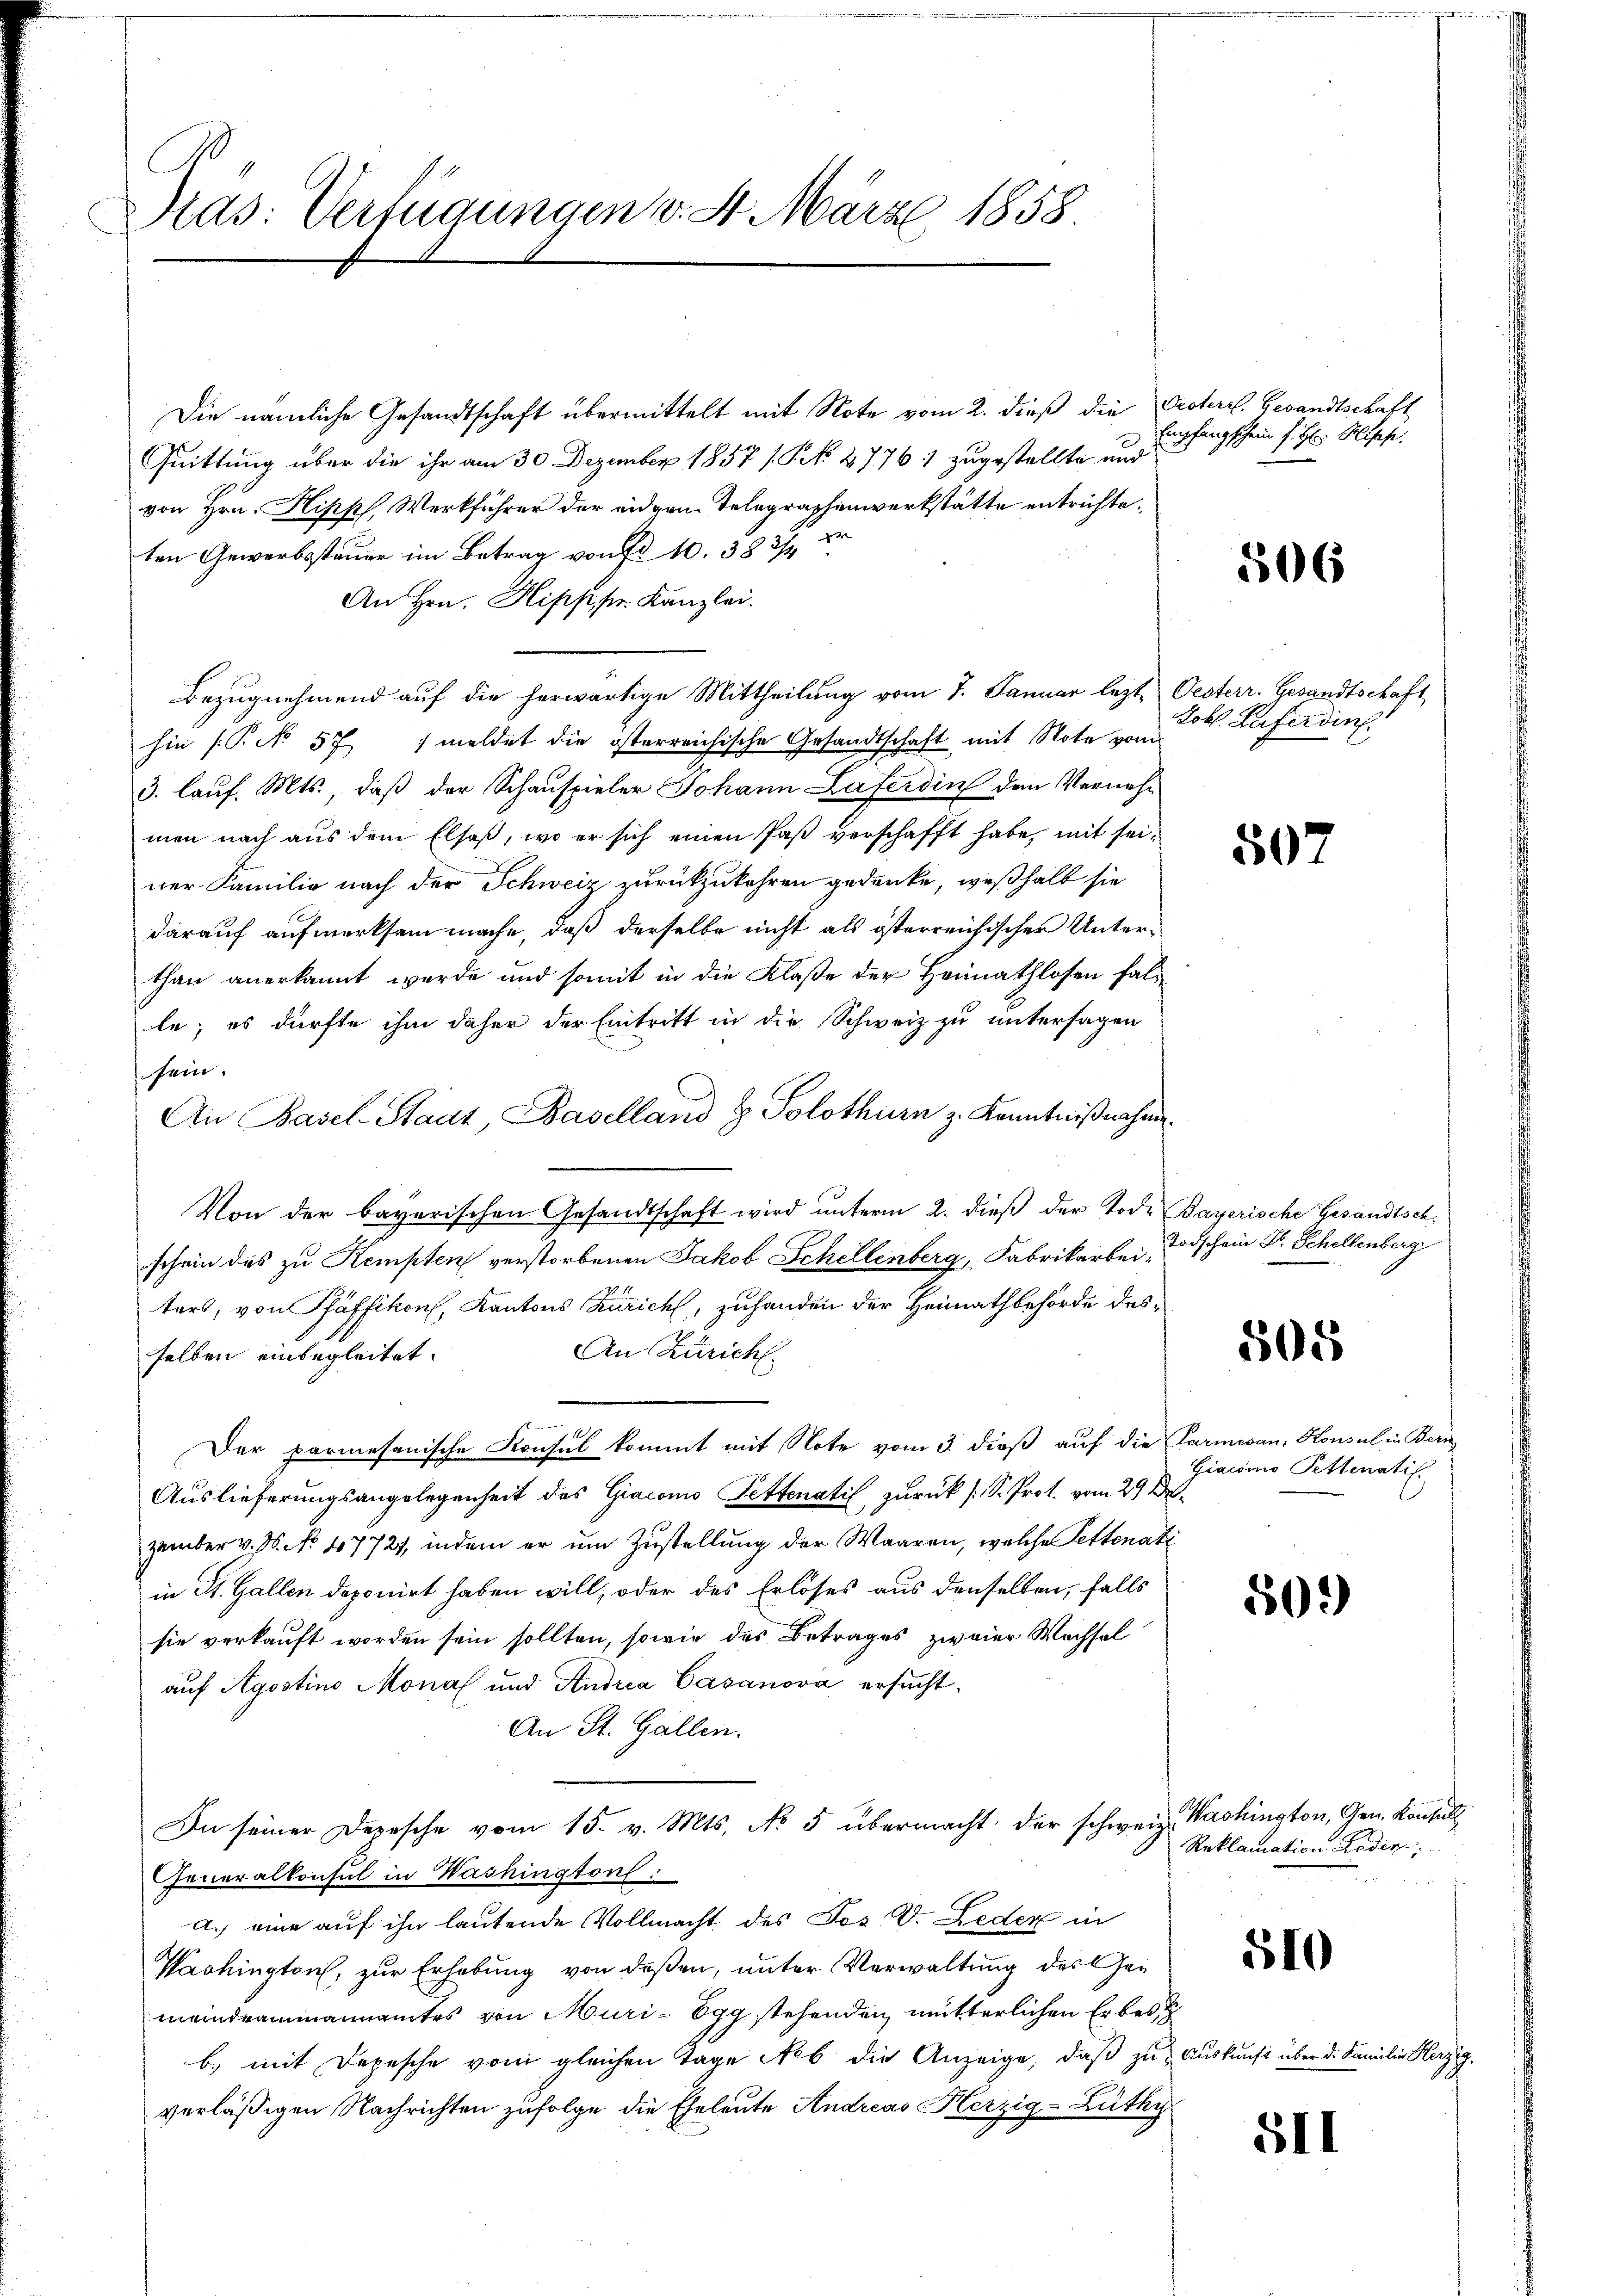
Ras: Verfügungen v. 4. März 1858.

Quittung über die ihr am 30. Dezember 1857 / P. N. 27761 zugestellte und
von Hrn. Hippf, Werkführer der eidgen. Telegraphenwerkstätte entrichte.
ten Gewerbssteuer im Betrag von Fr. 10. 58 3/4
An Hrn. Hipp. pr. Kanzlei.
Bezugnehmend auf die herwärtige Mittheilung vom 7. Januar lezt Oesterr. Gesandtschaft
hin (T. No 571 meldet die österreichische Gesandtschaft mit Note vom
3. Lauf. Mts., daß der Schauspieler Johann Laferdin den Vernehm
men nach aus dem Elsaβ, wo er sich einen Paβ verschafft habe, mit sei¬
.
ner Familie nach der Schweiz zurückzukehren gedenke, weßhalb sie
darauf aufmerksam mache, daß derselbe nicht als österreichischer Unterthan anerkannt werde und somit in die Klaße der Heimathlosen falle; es dürfte ihm daher der Eintritt in die Schweiz zu untersagen
sein.
An Basel-Stadt, Baselland z. Solothurn z. Kenntnißnahm
Von der bayerischen Gesandtschaft wird unterm 2. dieß der Tode
schein des zu Kempten verstorbenen Jakob Schellenberg, Fabrikarbeiters, von Pfäffikon, Kantons Zürich, zuhanden der Heimathbehörde des¬
An Zürich
selben einbegleitet.
Der parmesanische Konsul kommt mit Note vom 3. dieß auf die
Auslieferungsangelegenheit des Giacono Pettenatis, zurück ( S. Prof. vom 29 d
zember v. M. No. 47721, indem er um Zustellung der Waaren, welche Pettenati
in St. Gallen deponirt haben will, oder des Erlöses aus denselben, falls
sie verkauft worden sein sollten, sowie des Betrages zweier Wechsel
auf Agostino Monat und Andrea Casanova ersucht.
An St. Gallen.
In seiner Depesche vom 15. v. Mts. No 5 übermacht der schweiz. Washington, Gen. Konsuls
Generalkonsul in Washington:
a. eine auf ihn lautende Vollmacht des Tos V. Reder in
Parkington, zur Erhebung von deßen, unter Verwaltung des Gemeindeammannamtes von Muri-Egg stehenden mutterlichen Erbes,
b) mit Depesche vom gleichen Tage Neb die Anzeige, daß zuverläßigen Nachrichten zufolge die Eheleute Andreas Herzig-Lüthy

Die nämliche Gesandtschaft übermittelt mit Note vom 2. dieß die Pisterr. Gesandtschaft

Empfangschein f: H: Bische.

506

Lobl. Haferdin

507

Bayerische Gesandtsch
Todschein Dr. Schellenberg

505

Parmesan, Konsul in Beri
Giacomo Pettenstil
.

509

Reklamation Reden,

510

Auskunft über d. Familie Herzig.

5II